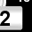
Digit: 2